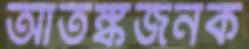
আতঙ্কজনক